画像に写った文字を読んでください
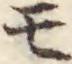
「モ」と書いてあります